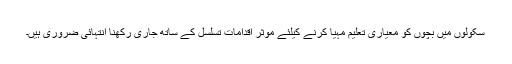
سکولوں میں بچوں کو معیاری تعلیم مہیا کرنے کیلئے موثر اقدامات تسلسل کے ساتھ جاری رکھنا انتہائی ضروری ہیں۔